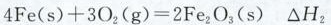
$$4 F e ( s ) + 3 O _ { 2 } ( g ) = 2 F e _ { 2 } O _ { 3 } ( s ) △ H _ { 2 }$$